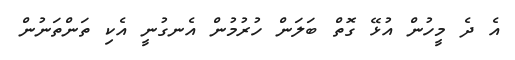
އެ ދެ މީހުން އުޅޭ ގޮތް ބަލަން ހުރުމުން އެނގުނީ އެކި ތަންތަނުން